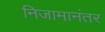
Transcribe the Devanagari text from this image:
निजामानंतर